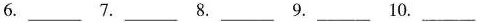
6.___ 7.___ 8.___ 9.___ 10.___